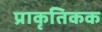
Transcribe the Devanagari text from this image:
प्राकृतिकक